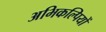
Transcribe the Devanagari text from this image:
अभिकल्पियों